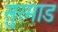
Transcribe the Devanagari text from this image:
सुरमाड